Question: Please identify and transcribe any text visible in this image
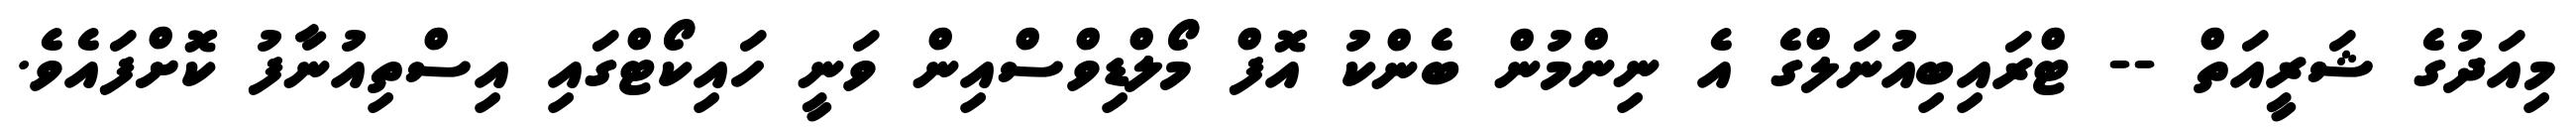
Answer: މިއަދުގެ ޝަރީއަތް -- ޓްރައިބިއުނަލްގެ އެ ނިންމުން ބެންކު އޮފް މޯލްޑިވްސްއިން ވަނީ ހައިކޯޓްގައި އިސްތިއުނާފު ކޮށްފައެވެ.